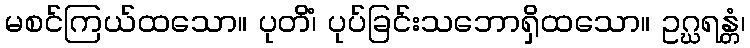
မစင်ကြယ်ထသော။ ပုတိံ၊ ပုပ်ခြင်းသဘောရှိထသော။ ဥဂ္ဃရန္တံ၊